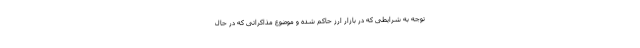
توجه به شرایطی که در بازار ارز حاکم شده و موضوع مذاکراتی که در حال